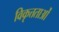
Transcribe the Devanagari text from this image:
विकृत्तताओं